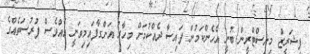
ފިޝަރީޒް މިނިސްޓްރީން ބުނީ އެހެންކަމުން ފައިސާ ދެއްކުމަށް މިހާރު އަންގާފައިމިވަނީ އެއްވެސް ފުރުސަތެއްގެ